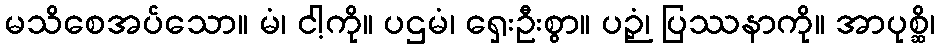
မသိစေအပ်သော။ မံ၊ ငါ့ကို။ ပဌမံ၊ ရှေးဦးစွာ။ ပဉှံ၊ ပြဿနာကို။ အာပုစ္ဆိ၊